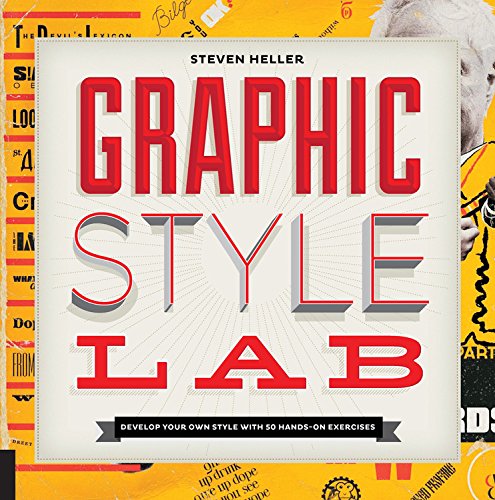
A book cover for Graphic Style Lab: Develop Your Own Style with 50 Hands-On Exercises (Playing); Steven Heller; Arts & Photography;